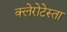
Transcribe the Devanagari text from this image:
क्लेरोटेस्ता